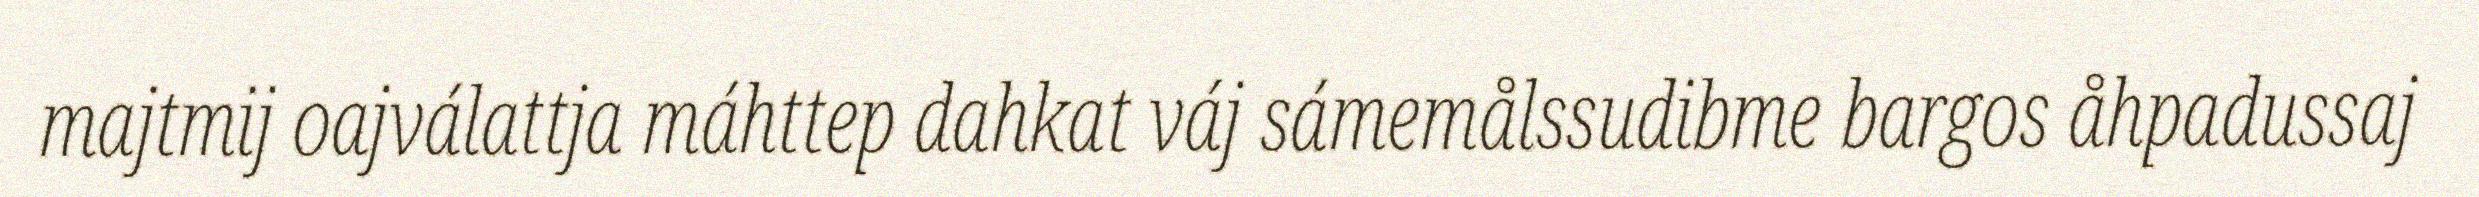
majtmij oajválattja máhttep dahkat váj sámemålssudibme bargos åhpadussaj